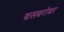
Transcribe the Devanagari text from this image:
बसबरोबर